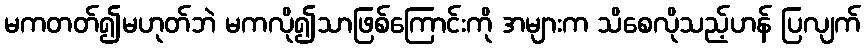
မကတတ်၍မဟုတ်ဘဲ မကလို၍သာဖြစ်ကြောင်းကို အများက သိစေလိုသည့်ဟန် ပြလျက်